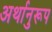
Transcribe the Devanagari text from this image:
अर्थानुरूप